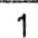
1